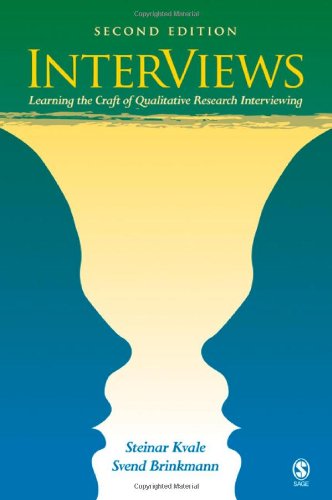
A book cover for InterViews: Learning the Craft of Qualitative Research Interviewing; Steinar Kvale; Politics & Social Sciences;